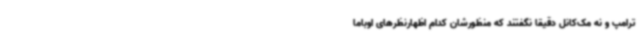
ترامپ و نه مک‌کانل دقیقا نگفتند که منظورشان کدام اظهارنظرهای اوباما